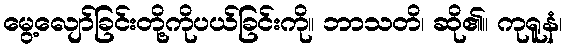
မွေ့လျော်ခြင်းတို့ကိုပယ်ခြင်းကို။ ဘာသတိ၊ ဆို၏။ ကုရူနံ၊